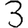
Digit: 3